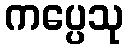
ကပ္ပေသု